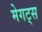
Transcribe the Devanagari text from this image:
मेगट्स